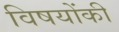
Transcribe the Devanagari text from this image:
विषयोंकी